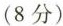
（8分）